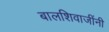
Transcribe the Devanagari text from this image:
बालशिवाजींनी